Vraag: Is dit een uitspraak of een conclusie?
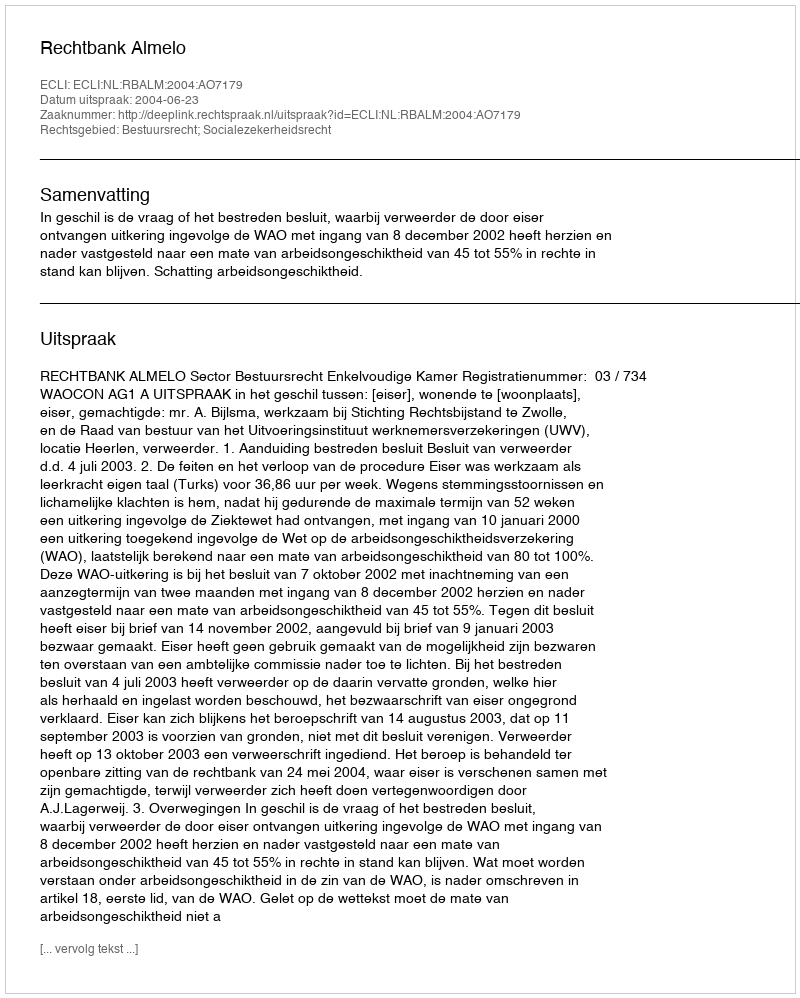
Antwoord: Uitspraak